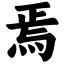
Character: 焉